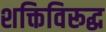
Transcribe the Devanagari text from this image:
शक्तिविरूद्ध